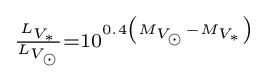
\scriptstyle {\frac {L_{V_{\ast }}}{L_{V_{\odot }}}}=10^{0.4\left(M_{V_{\odot }}-M_{V_{\ast }}\right)}